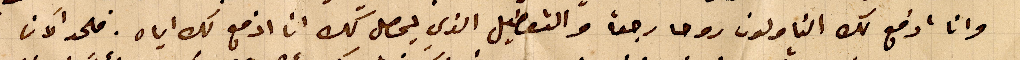
وانا ادفع لك الناولون روحا رجعة والتعطيل الذي يحصل كله انا ادفع لك اياه. فلحد الان